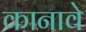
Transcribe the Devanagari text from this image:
कानावे